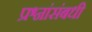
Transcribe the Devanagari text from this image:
प्रश्नांसंबधी